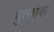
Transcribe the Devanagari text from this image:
धुत्कारू